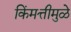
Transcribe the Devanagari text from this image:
किंमत्तीमुळे